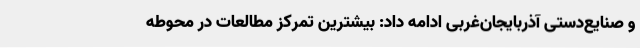
و صنایع‌دستی آذربایجان‌غربی ادامه داد: بیشترین تمرکز مطالعات در محوطه